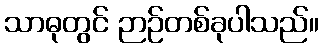
သာဓုတွင် ဉာဉ်တစ်ခုပါသည်။